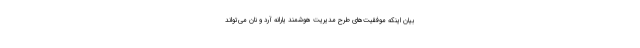
بیان اینکه موفقیت‌های طرح مدیریت هوشمند یارانه آرد و نان می‌تواند